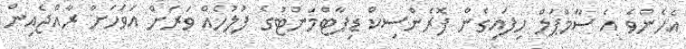
އެހެންވެ އެ ސާމްޕަލް ހިފައިގެން ފޮރެންސިކް ޑިޕާޓްމަންޓުގެ ފުލުހެއް ވަރަށް އަވަހަށް ރާއްޖެއިން